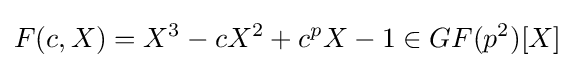
F(c,X)=X^{3}-cX^{2}+c^{p}X-1\in GF(p^{2})[X]